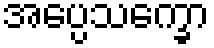
အပ္ပေသက္ခော